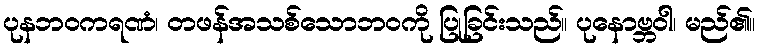
ပုနဘဝကရဏံ၊ တဖန်အသစ်သောဘဝကို ပြုခြင်းသည်။ ပုနောဗ္ဘဝါ၊ မည်၏။